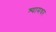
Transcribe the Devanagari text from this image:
श्यामधर